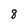
Character: 8